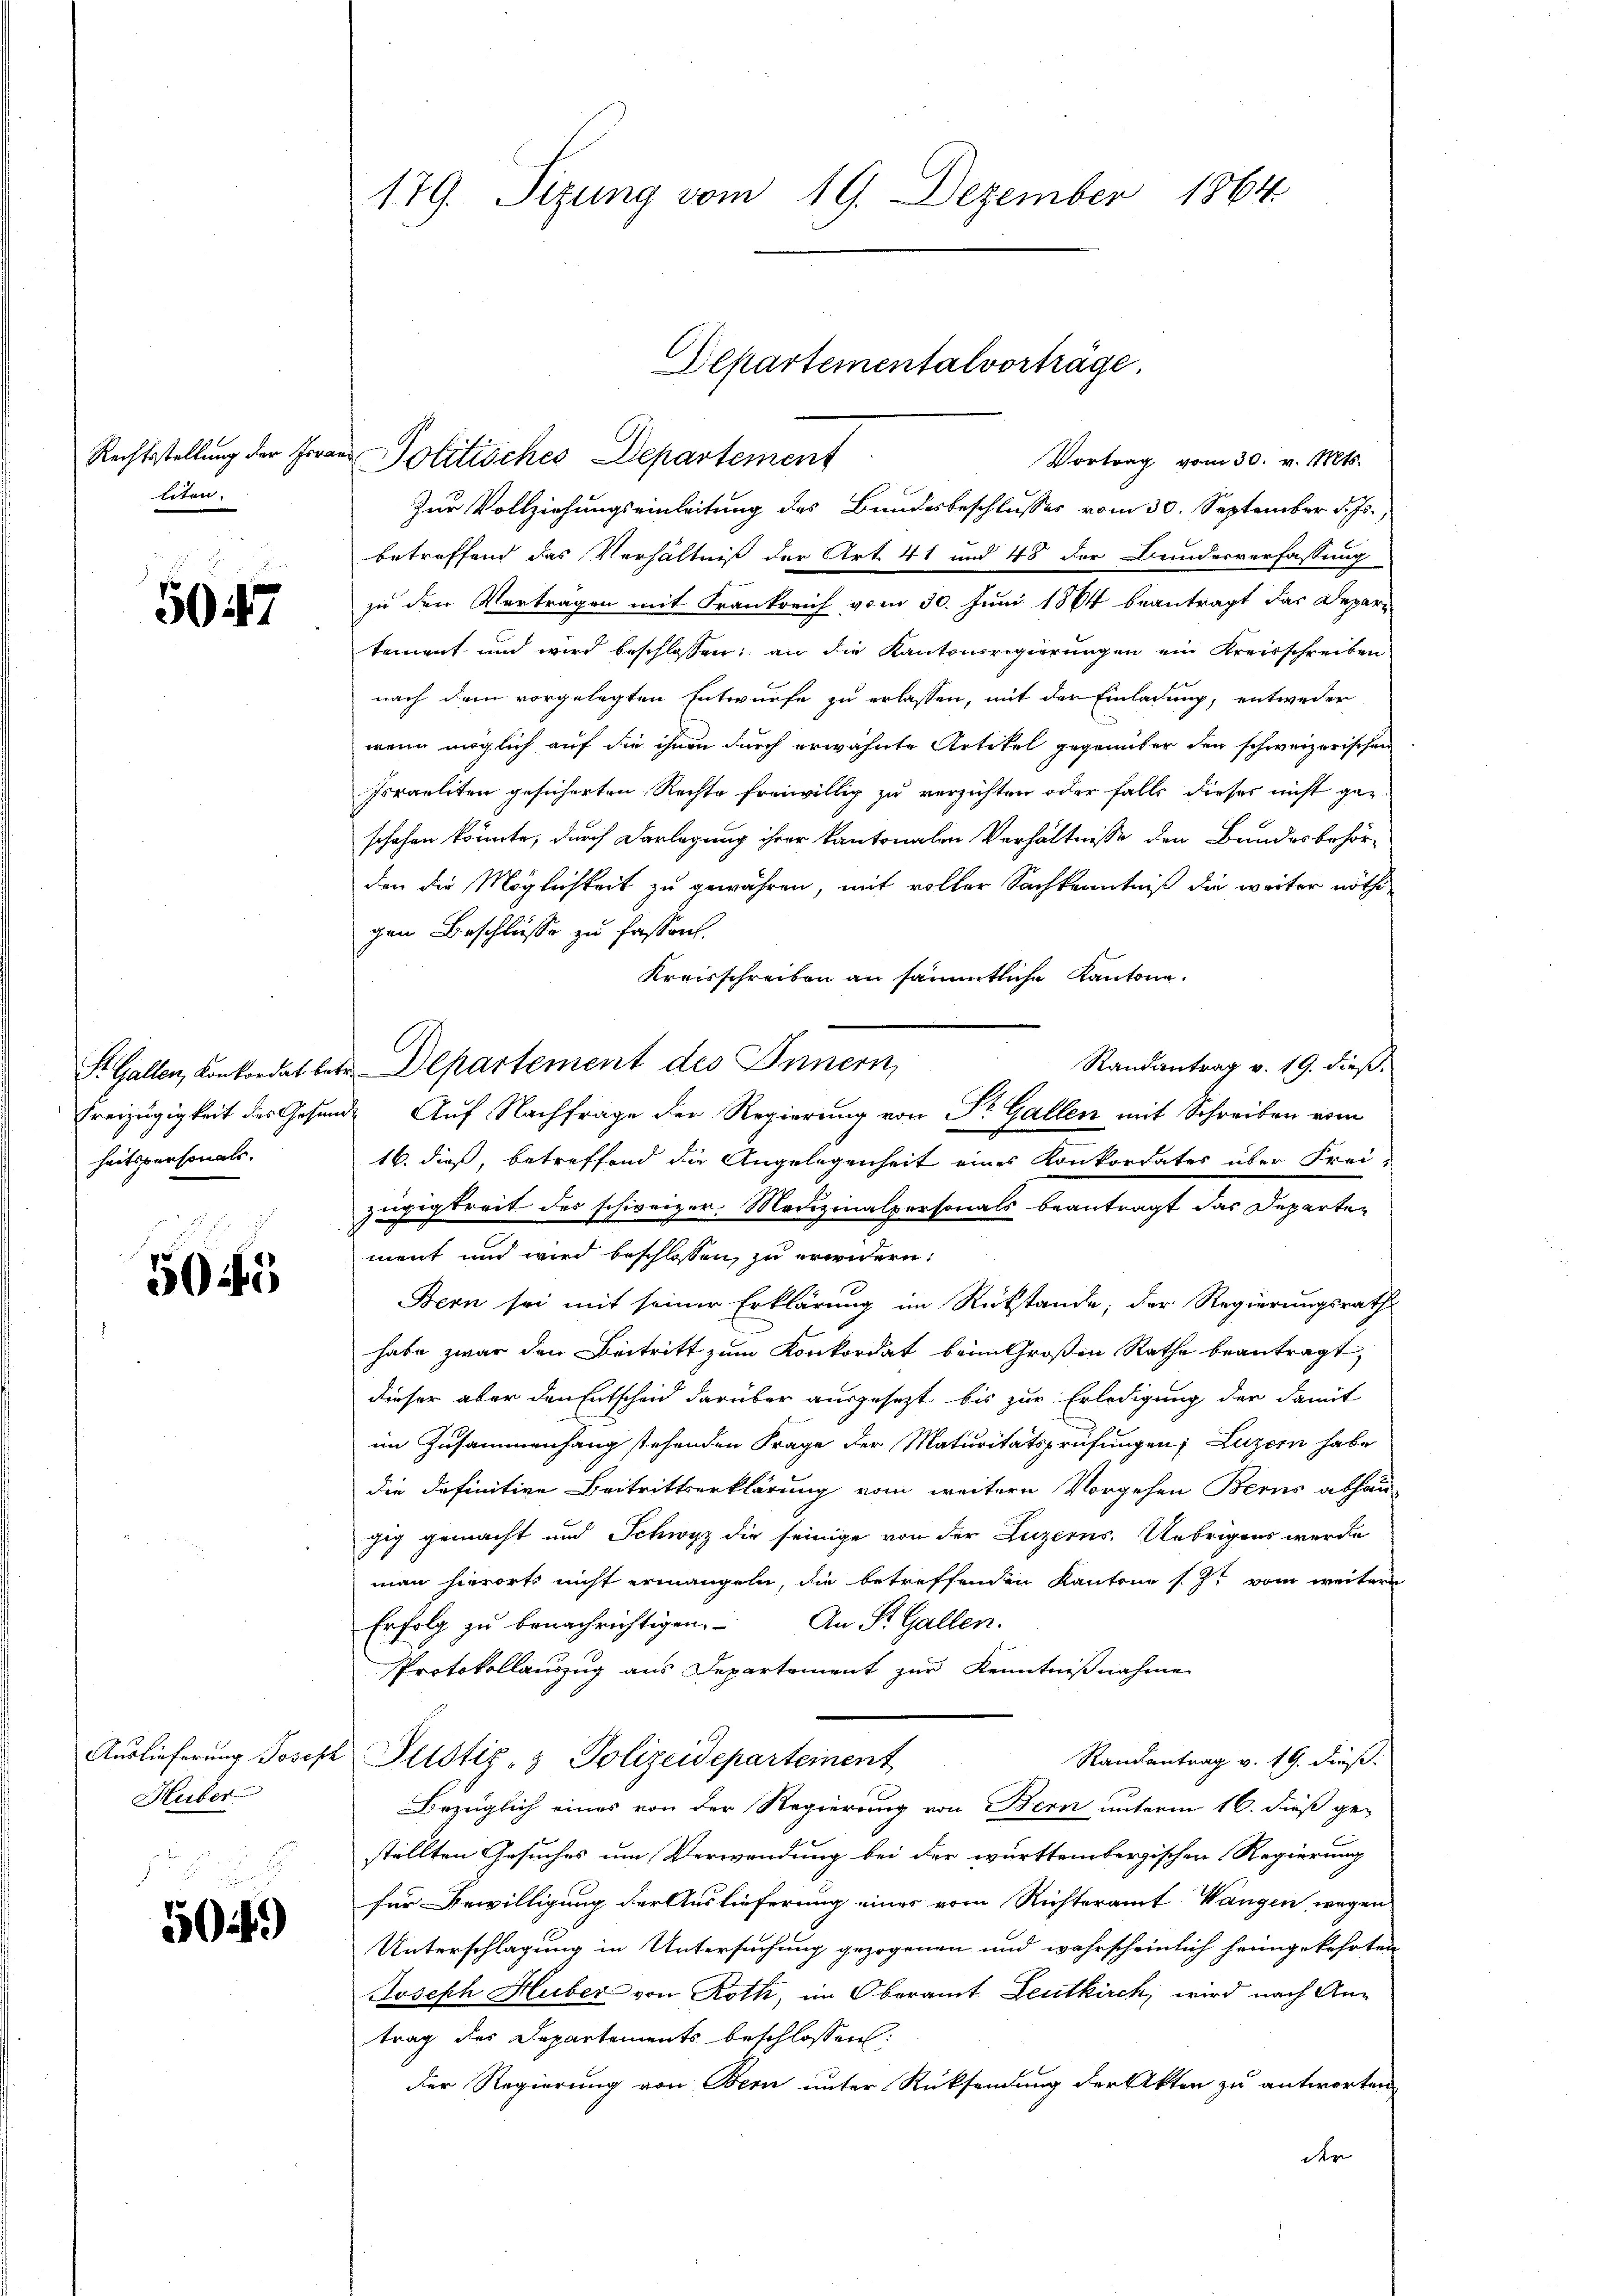
Rechtsstellung der Perliten.

5047

heitspersonals.

5045

Auslieferung Joseph
Huber

509)

179. Sizung vom 19. Dezember 1864

St. Gallen, Konkordat betr. Departement des Innern,

Departementalvorträge.

Politisches Departement
Vortrag vom 30. v. Mts.
Zur Vollziehungseinleitung des Bundesbeschlusses vom 30. September d. Js.,
betreffend das Verhältniß der Art. 41 und 48 der Bunderverfassung
zu den Vertragen mit Frankreich vom 30. Juni 1864 beantragt das Departement und wird beschlossen; an die Kantonsregierungen ein Kreisschreiben
nach dem vorgelegten Entwurfe zu erlassen, mit der Einladung, entweder
wenn möglich auf die ihnen durch erwähnte Artikel gegenüber den schweizerischen
Israeliten gesicherten Rechte freiwillig zu verzichten oder falls dieses nicht ge-
schafen könnte, durch Darlegung ihrer kantonalen Verhältnisse den Bundesbehör-
den die Möglichkeit zu gewähren, mit voller Sachkenntniß die weiter nöthigen Beschlüsse zu fassen.
Kreisschreiben an sämmtliche Kantone.
Randantrag v. 19. dieß.
Freizügigkeit des Gesund Auf Nachfrage der Regierung von Dr. Gallen mit Schreiben vom
16. dieß, betreffend die Angelegenheit eines Konkordates über Frei-
zügigkeit des schweizer. Modizinalpersonals beantragt das Departement und wird beschlossen, zu erwidern:
Bern sei mit seiner Erklärung im Rückstände; der Regierungsrath
habe zwar den Beitritt zum Konkordat beim Großen Rathe beantragt,
dieser aber den Entscheid darüber ausgesezt bis zur Erledigung der damit
im Zusammenhang stehenden Frage der Maturitätsprüfungen; Luzern habe
die definitive Beitrittserklärung vom weitere Vorgehen Berns abhau-
zig gemacht und Schwyz die seinige von der Luzerns. Uebrigens werde
man hierorts nicht ermangeln, die betreffenden Kantone s. Z. vom weitere
Erfolg zu benachrichtigen. An St. Gallen.
Protokollauszug aus Departement zur Kenntnißnahme
Randantrag v. 19. dieß.
u Justiz- & Polizeidepartement
Bezüglich eines von der Regierung von Bern unterm 16. dieß gestellten Gesuches um Verwendung bei der württembergischen Regierung
für Bewilligung der Auslieferung einer vom Richteramt Wangen, wegen
Unterschlagung in Untersuchung gezogenen und wahrscheinlich heimgekehrten
Joseph Huber von Roth, im Oberamt Leutkirch, wird nach Antrag des Departements beschlossen:
der Regierung von Bern unter Rücksendung der Akten zu antworten
dt